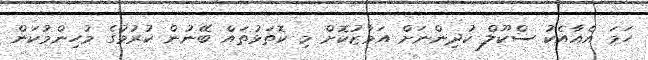
ހަމަ އެއާއެކު ސްކޫލް ކުދިންނަށް އަމާޒުކޮށް މި ކޮތަޅުތައް ބޭނުން ކުރުމުގެ މުހިންމުކަން